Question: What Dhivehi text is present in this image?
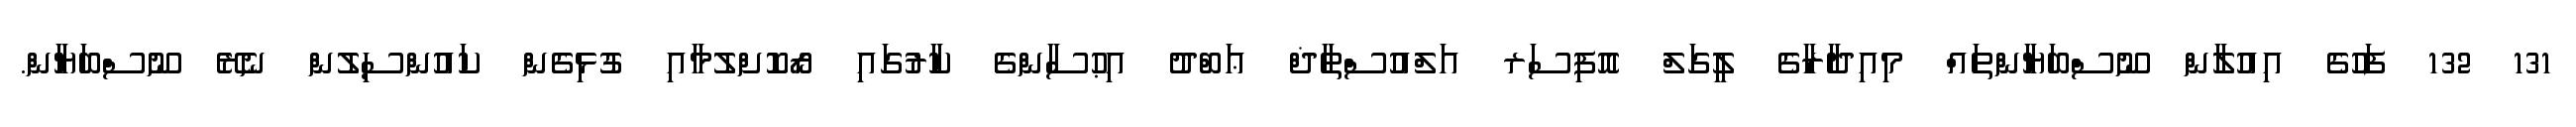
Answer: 131 132 ފަހުގެ އިއުލާން ނޫސްބަޔާންތައް މިއިދާރާގެ ލީގަލް އޮފިސަރ އަލްއުސްތާޛް ޢަބްދު އިޙުސާންގެ ކާރުގައި ރޯކޮށްލުމާއި ގުޅިގެން ކައުންސިލުން ނެރޭ ނޫސްބަޔާން.